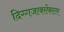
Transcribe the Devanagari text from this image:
दिग्गजाबरोबरतर